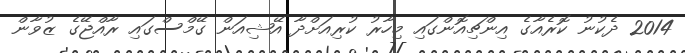
2014 ދެކުނު ކޮރެއާގެ އިންޗިއޮންގައި މިހާރު ކުރިއަށްދާ އޭޝިއަން ގޭމްސްގައި ރާއްޖޭގެ ޒުވާން